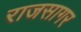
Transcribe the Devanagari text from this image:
राजसागर